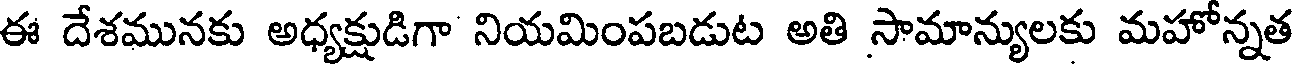
ఈ దేశమునకు అధ్యక్షుడిగా నియమింపబడుట అతి సామాన్యులకు మహోన్నత